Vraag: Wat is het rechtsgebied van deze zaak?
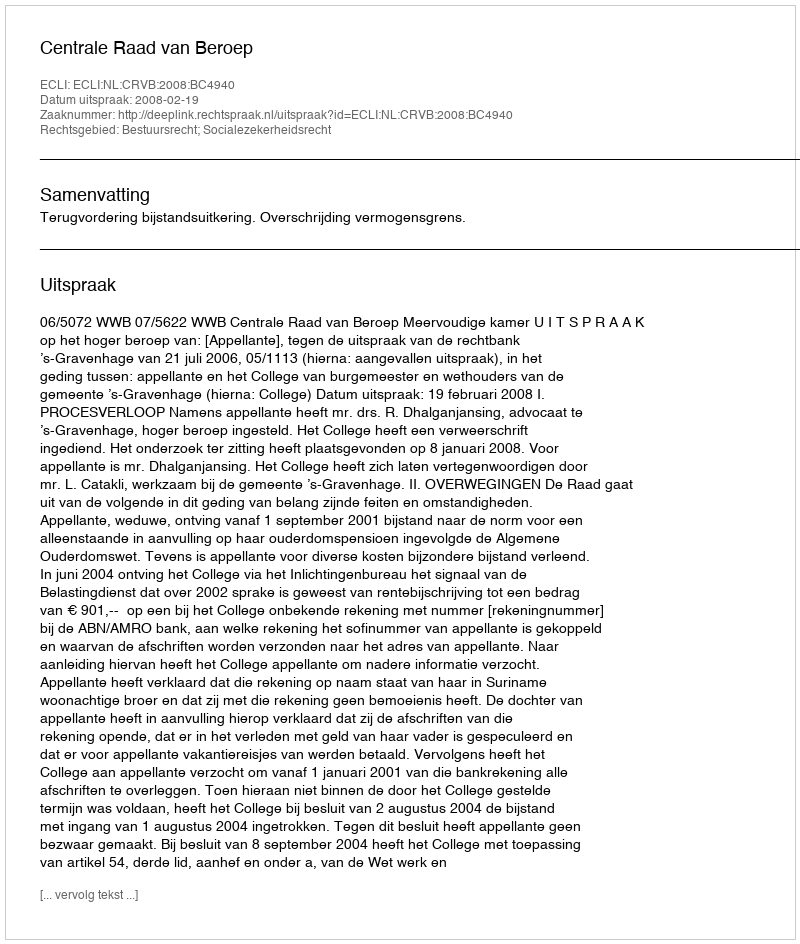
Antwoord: Bestuursrecht; Socialezekerheidsrecht